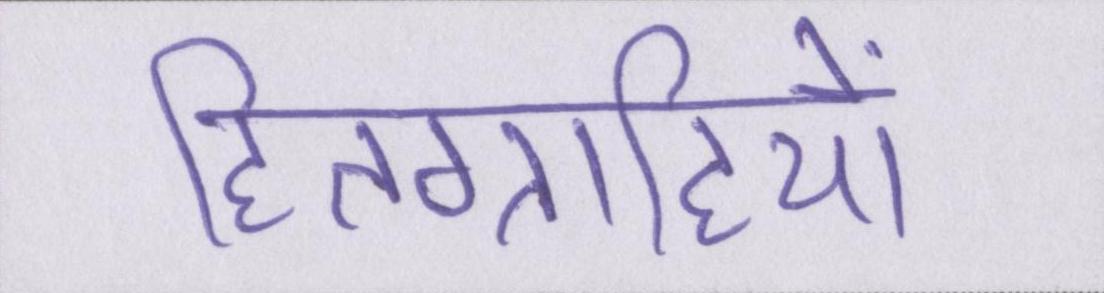
हितग्राहियों